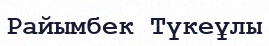
Райымбек Түкеұлы